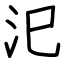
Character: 汜